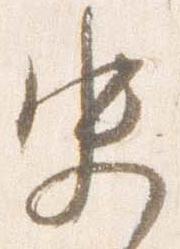
史